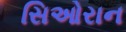
સિઓરાન